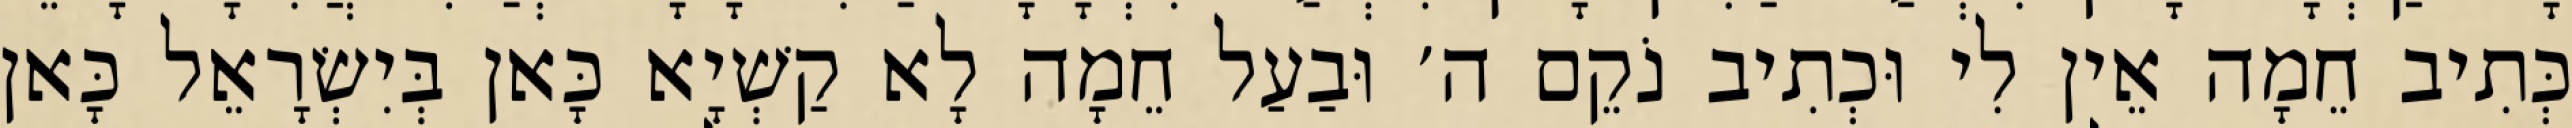
כְּתִיב חֵמָה אֵין לִי וּכְתִיב נֹקֵם ה׳ וּבַעַל חֵמָה לָא קַשְׁיָא כָּאן בְּיִשְׂרָאֵל כָּאן